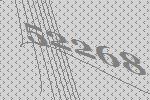
52268